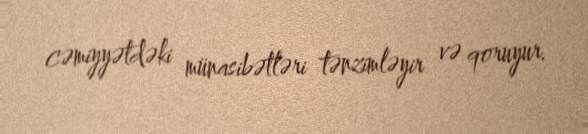
cəmiyyətdəki münasibətləri tənzimləyir və qoruyur.